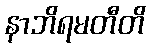
နာဘိရမတီတိ